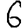
Digit: 6